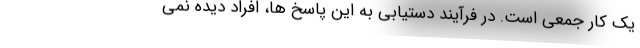
یک کار جمعی است. در فرآیند دستیابی به این پاسخ ها، افراد دیده نمی